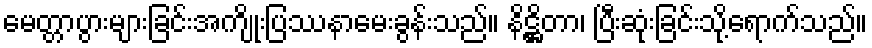
မေတ္တာပွားများခြင်းအကျိုးပြဿနာမေးခွန်းသည်။ နိဋ္ဌိတာ၊ ပြီးဆုံးခြင်းသို့ရောက်သည်။